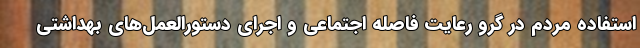
استفاده مردم در گرو رعایت فاصله اجتماعی و اجرای دستورالعمل‌های بهداشتی